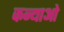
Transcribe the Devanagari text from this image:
कन्याओ